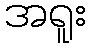
အရူး